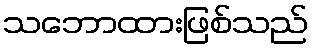
သဘောထားဖြစ်သည်